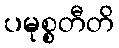
ပမုစ္စတီတိ